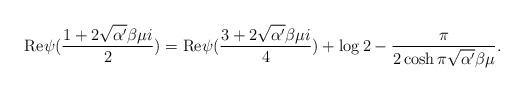
LaTeX: \begin{align*}{\rm Re} \psi (\frac{1+2\sqrt{\alpha '}\beta \mu i}{2})= {\rm Re} \psi (\frac{3+2\sqrt{\alpha '}\beta\mu i}{4}) + \log 2 - \frac{\pi}{2 \cosh \pi \sqrt{\alpha '} \beta \mu}.\end{align*}